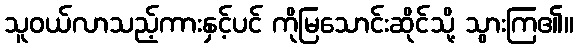
သူဝယ်လာသည့်ကားနှင့်ပင် ကိုမြသောင်းဆိုင်သို့ သွားကြ၏။